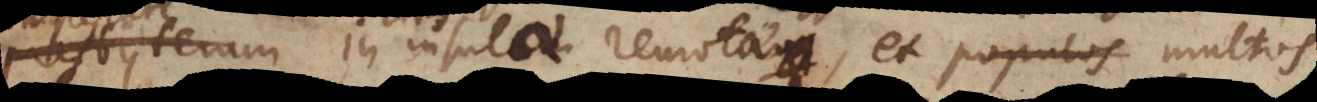
presbyterum in insulam remotam, et populos